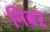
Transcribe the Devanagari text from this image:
निबर